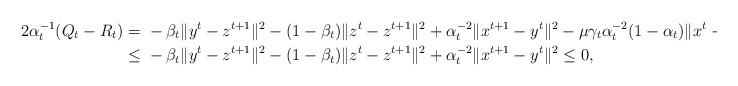
LaTeX: \begin{align*}2\alpha_t^{-1}(Q_t-R_t)=\ &-\beta_t\|y^t-z^{t+1}\|^2-(1-\beta_t)\|z^t-z^{t+1}\|^2+\alpha_t^{-2}\|x^{t+1}-y^t\|^2-\mu\gamma_t\alpha_t^{-2}(1-\alpha_t)\|x^t-y^t\|^2\\\le \ &-\beta_t\|y^t-z^{t+1}\|^2-(1-\beta_t)\|z^t-z^{t+1}\|^2+\alpha_t^{-2}\|x^{t+1}-y^t\|^2 \leq0,\end{align*}